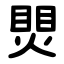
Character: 煛